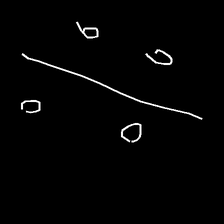
Glyph: cool